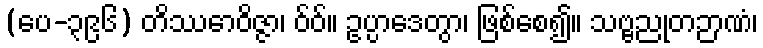
(ပေ-၃၉၆) တိဿောဝိဇ္ဇာ၊ ဝ်ဝ်။ ဥပ္ပာဒေတွာ၊ ဖြစ်စေ၍။ သဗ္ဗညုတဉာဏံ၊